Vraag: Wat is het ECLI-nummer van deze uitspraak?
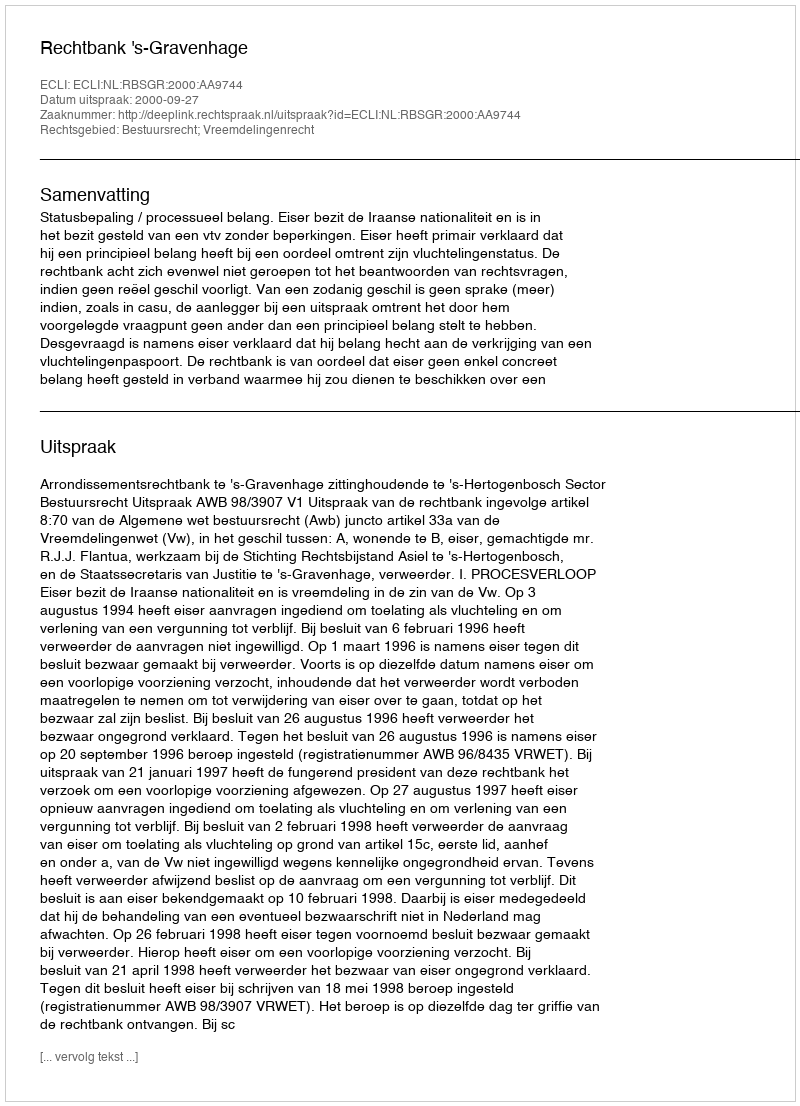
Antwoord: ECLI:NL:RBSGR:2000:AA9744